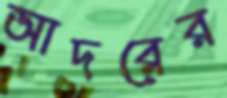
আদরের